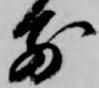
前